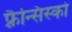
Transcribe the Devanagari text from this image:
फ़्रैन्सिस्को